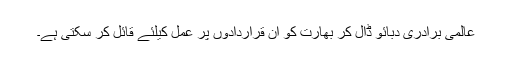
عالمی برادری دبائو ڈال کر بھارت کو ان قراردادوں پر عمل کیلئے قائل کر سکتی ہے۔